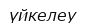
үйкелеу